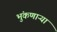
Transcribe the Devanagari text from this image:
भुंकणाऱ्या